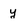
Character: y